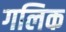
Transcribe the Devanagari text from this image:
गलिक